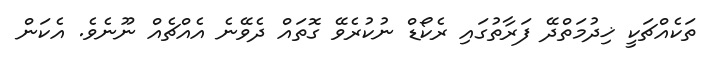
ތަކެއްޗަކީ ޚިދުމަތްދޭ ފަރާތުގައި ރެކޯޑް ނުކުރެވޭ ގޮތައް ދެވޭނެ އެއްޗެއް ނޫނެވެ. އެކަން